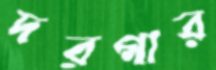
দরগার